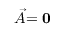
\stackrel { \triangledown } { \vec { A } } = { \bf 0 }